Sketch of the medical history of the native army of Bombay, for the year
Year: 1875
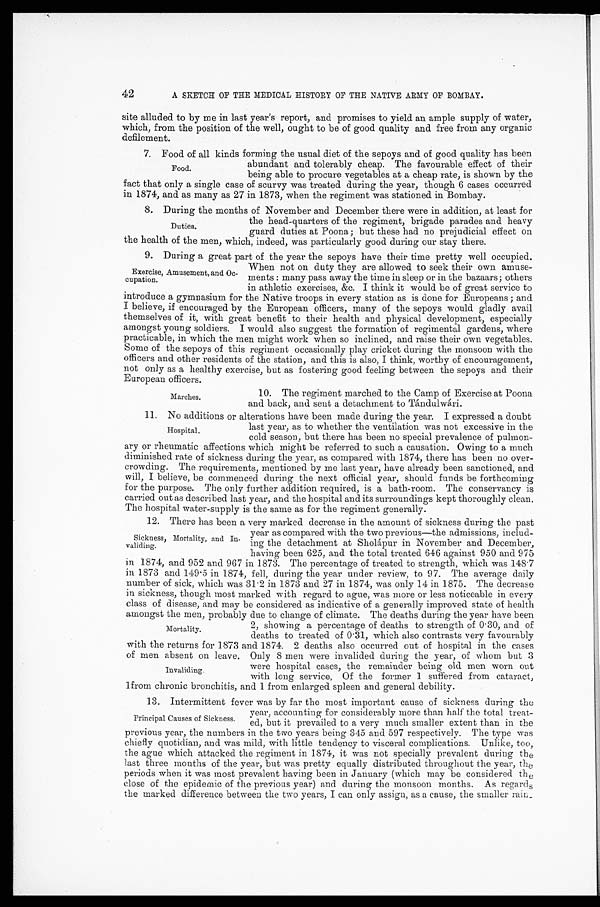
42
A SKETCH OF THE MEDICAL HISTORY OF THE NATIVE ARMY OF BOMBAY.
site alluded to by me in last year's report, and promises to yield an ample supply of water,
which, from the position of the well, ought to be of good quality and free from any organic
defilement.
7. Food of all kinds forming the usual diet of the sepoys and of good quality has been
abundant and tolerably cheap. The favourable effect of their
being able to procure vegetables at a cheap rate, is shown by the
fact that only a single case of scurvy was treated during the year, though 6 cases occurred
in 1874, and as many as 27 in 1873, when the regiment was stationed in Bombay.
8. During the months of November and December there were in addition, at least for
the head-quarters of the regiment, brigade parades and heavy
guard duties at Poona; but these had no prejudicial effect on
the health of the men, which, indeed, was particularly good during our stay there.
9. During a great part of the year the sepoys have their time pretty well occupied.
When not on duty they are allowed to seek their own amuse
-ments : many pass away the time in sleep or in the bazaars; others
in athletic exercises, &c. I think it would be of great service to
introduce a gymnasium for the Native troops in every station as is done for Europeans ; and
I believe, if encouraged by the European officers, many of the sepoys would gladly avail
themselves of it, with great benefit to their health and physical development, especially
amongst young soldiers. I would also suggest the formation of regimental gardens, where
practicable, in which the men might work when so inclined, and raise their own vegetables.
Some of the sepoys of this regiment occasionally play cricket during the monsoon with the
officers and other residents of the station, and this is also, I think, worthy of encouragement,
not only as a healthy exercise, but as fostering good feeling between the sepoys and their
European officers.
Food.
Duties.
Exercise, Amusement, and Oc
-cupation.
Marches.
10. The regiment marched to the Camp of Exercise at Poona
and back, and sent a detachment to Tándulwári.
11. No additions or alterations have been made during the year. I expressed a doubt
last year, as to whether the ventilation was not excessive in the
cold season, but there has been no special prevalence of pulmon
-ary or rheumatic affections which might be referred to such a causation. Owing to a much
diminished rate of sickness during the year, as compared with 1874, there has been no over
-crowding. The requirements, mentioned by me last year, have already been sanctioned, and
will, I believe, be commenced during the next official year, should funds be forthcoming
for the purpose. The only further addition required, is a bath-room. The conservancy is
carried out as described last year, and the hospital and its surroundings kept thoroughly clean.
The hospital water-supply is the same as for the regiment generally.
12. There has been a very marked decrease in the amount of sickness during the past
year as compared with the two previous—the admissions, includ
-ing the detachment at Sholápur in November and December,
having been 625, and the total treated 646 against 950 and 975
in 1874, and 952 and 967 in 1873. The percentage of treated to strength, which was 148.7
in 1873 and 149.5 in 1874, fell, during the year under review, to 97. The average daily
number of sick, which was 31.2 in 1873 and 27 in 1874, was only 14 in 1875. The decrease
in sickness, though most marked with regard to ague, was more or less noticeable in every
class of disease, and may be considered as indicative of a generally improved state of health
amongst the men probably due to ehange of climate. The deaths during the year have been
2, showing a percentage of deaths to strength of 0.30, and of
deaths to treated of 0.31, which also contrasts very favourably
with the returns for 1873 and 1874. 2 deaths also occurred out of hospital in the cases
of men absent on leave. Only 8 men were invalided during the year, of whom but 3
were hospital cases, the remainder being old men worn out
with long service, Of the former 1 suffered from cataract,
1 from chronic bronchitis, and 1 from enlarged spleen and general debility.
13. Intermittent fever was by far the most important cause of sickness during the
year, accounting for considerably more than half the total treat
-ed, but it prevailed to a very much smaller extent than in the
previous year, the numbers in the two years being 345 and 597 respectively. The type was
chiefly quotidian, and was mild, with little tendency to visceral complications. Unlike, too,
the ague which attacked the regiment in 1874, it was not specially prevalent during the
last three months of the year, but was pretty equally distributed throughout the year, the
periods when it was most prevalent having been in January (which may be considered the
close of the epidemic of the previous year) and during the monsoon months. As regards
the marked difference between the two years, I can only assign, as a cause, the smaller rain-
Hospital.
Sickness, Mortality, and In
-validing.
Mortality.
Invaliding.
Principal Causes of Sickness.